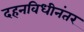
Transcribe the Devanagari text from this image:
दहनविधीनंतर